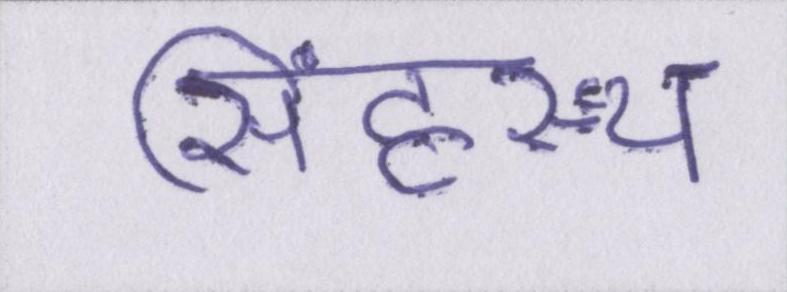
सिंहस्थ